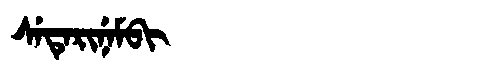
Manchu: ᠰᡝᡨᡝᡵᡳᠨᡝᠮᠪᡳ
Romanization: SETERINEMBI